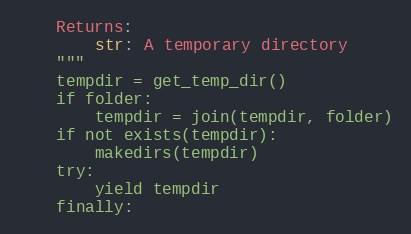
Language: Python
    Returns:
        str: A temporary directory
    """
    tempdir = get_temp_dir()
    if folder:
        tempdir = join(tempdir, folder)
    if not exists(tempdir):
        makedirs(tempdir)
    try:
        yield tempdir
    finally: